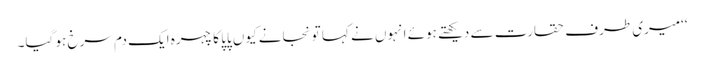
‘‘میری طرف حقارت سے دیکھتے ہوئے انہوں نے کہا تو نجانے کیوں پاپا کا چہرہ ایک دم سرخ ہو گیا۔